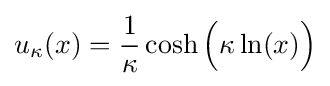
u_{\kappa }(x)={\frac {1}{\kappa }}\cosh {\Big (}\kappa \ln(x){\Big )}